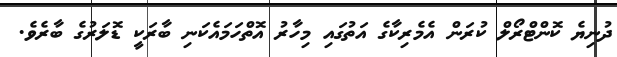
ދުނިޔެ ކޮންޓްރޯލް ކުރަން އެމެރިކާގެ އަތުގައި މިހާރު އޮތްހަމައެކަނި ބާރަކީ ޑޮލަރުގެ ބާރެވެ.